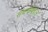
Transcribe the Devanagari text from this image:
संघर्षाबद्दल